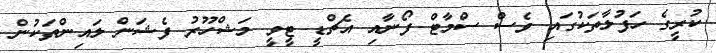
ކުރީގެ ހަފުލާތަކުގައި ވެސް ސްމާޓް ފޯނާއި އެޗްޑީ ޓީވީ މަޝްހޫރު ފެޝަން ލައިންތަކުން